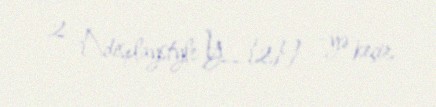
2 {\displaystyle Y_{2}} -yə keçir.